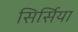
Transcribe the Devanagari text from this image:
सिर्सिया